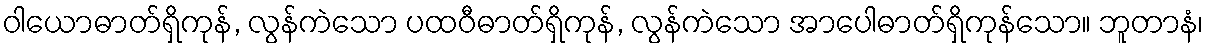
ဝါယောဓာတ်ရှိကုန်, လွန်ကဲသော ပထဝီဓာတ်ရှိကုန်, လွန်ကဲသော အာပေါဓာတ်ရှိကုန်သော။ ဘူတာနံ၊